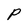
Character: P